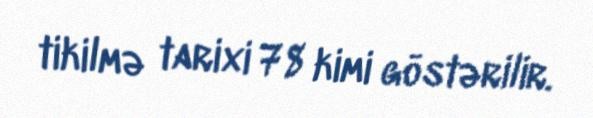
tikilmə tarixi 78 kimi göstərilir.